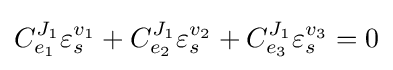
C_{e_{1}}^{J_{1}}\varepsilon _{s}^{v_{1}}+C_{e_{2}}^{J_{1}}\varepsilon _{s}^{v_{2}}+C_{e_{3}}^{J_{1}}\varepsilon _{s}^{v_{3}}=0